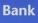
bank